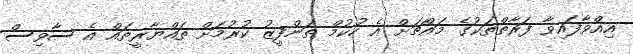
އިއްވާފައިވާ ފަރާތްތަކުގެ މައްޗަށް އެ ހުކުމް ތަންފީޒު ކުރުމަށް ތައްޔާރީތައް އެ ސާވިސް